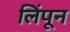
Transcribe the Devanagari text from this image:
लिंपून